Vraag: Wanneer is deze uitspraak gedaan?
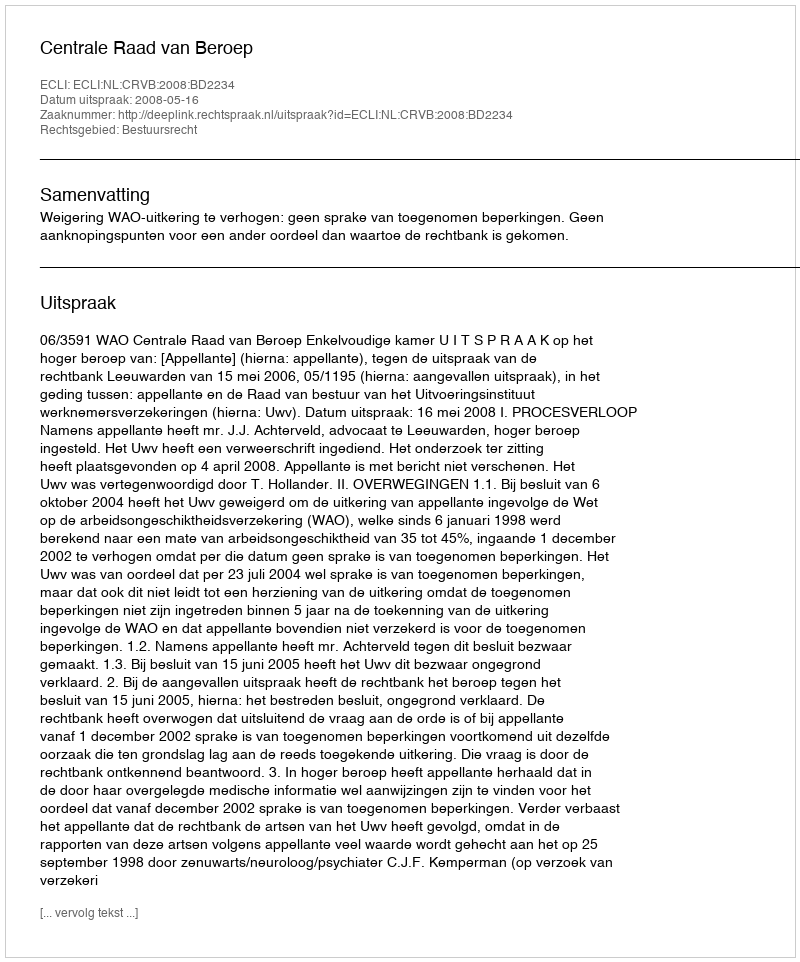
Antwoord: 2008-05-16